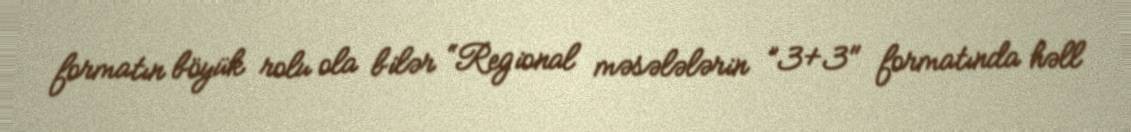
formatın böyük rolu ola bilər “Regional məsələlərin ”3+3" formatında həll